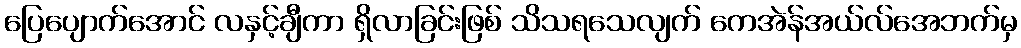
ပြေပျောက်အောင် လနှင့်ချီကာ ရှိလာခြင်းဖြစ် သိသရသေလျက် ကေအဲန်အယ်လ်အေဘက်မှ